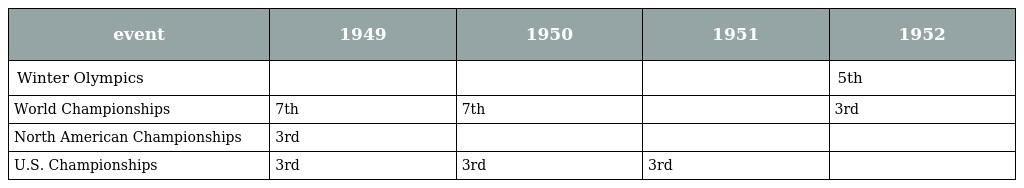
| event | 1949 | 1950 | 1951 | 1952 |
 | --- | --- | --- | --- | --- |
 | Winter Olympics |  |  |  | 5th |
 | World Championships | 7th | 7th |  | 3rd |
 | North American Championships | 3rd |  |  |  |
 | U.S. Championships | 3rd | 3rd | 3rd |  |